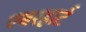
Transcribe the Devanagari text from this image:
एबरहार्ट